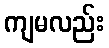
ကျမလည်း